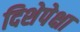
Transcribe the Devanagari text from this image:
दिशेपेक्षा